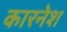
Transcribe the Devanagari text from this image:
कारनेश